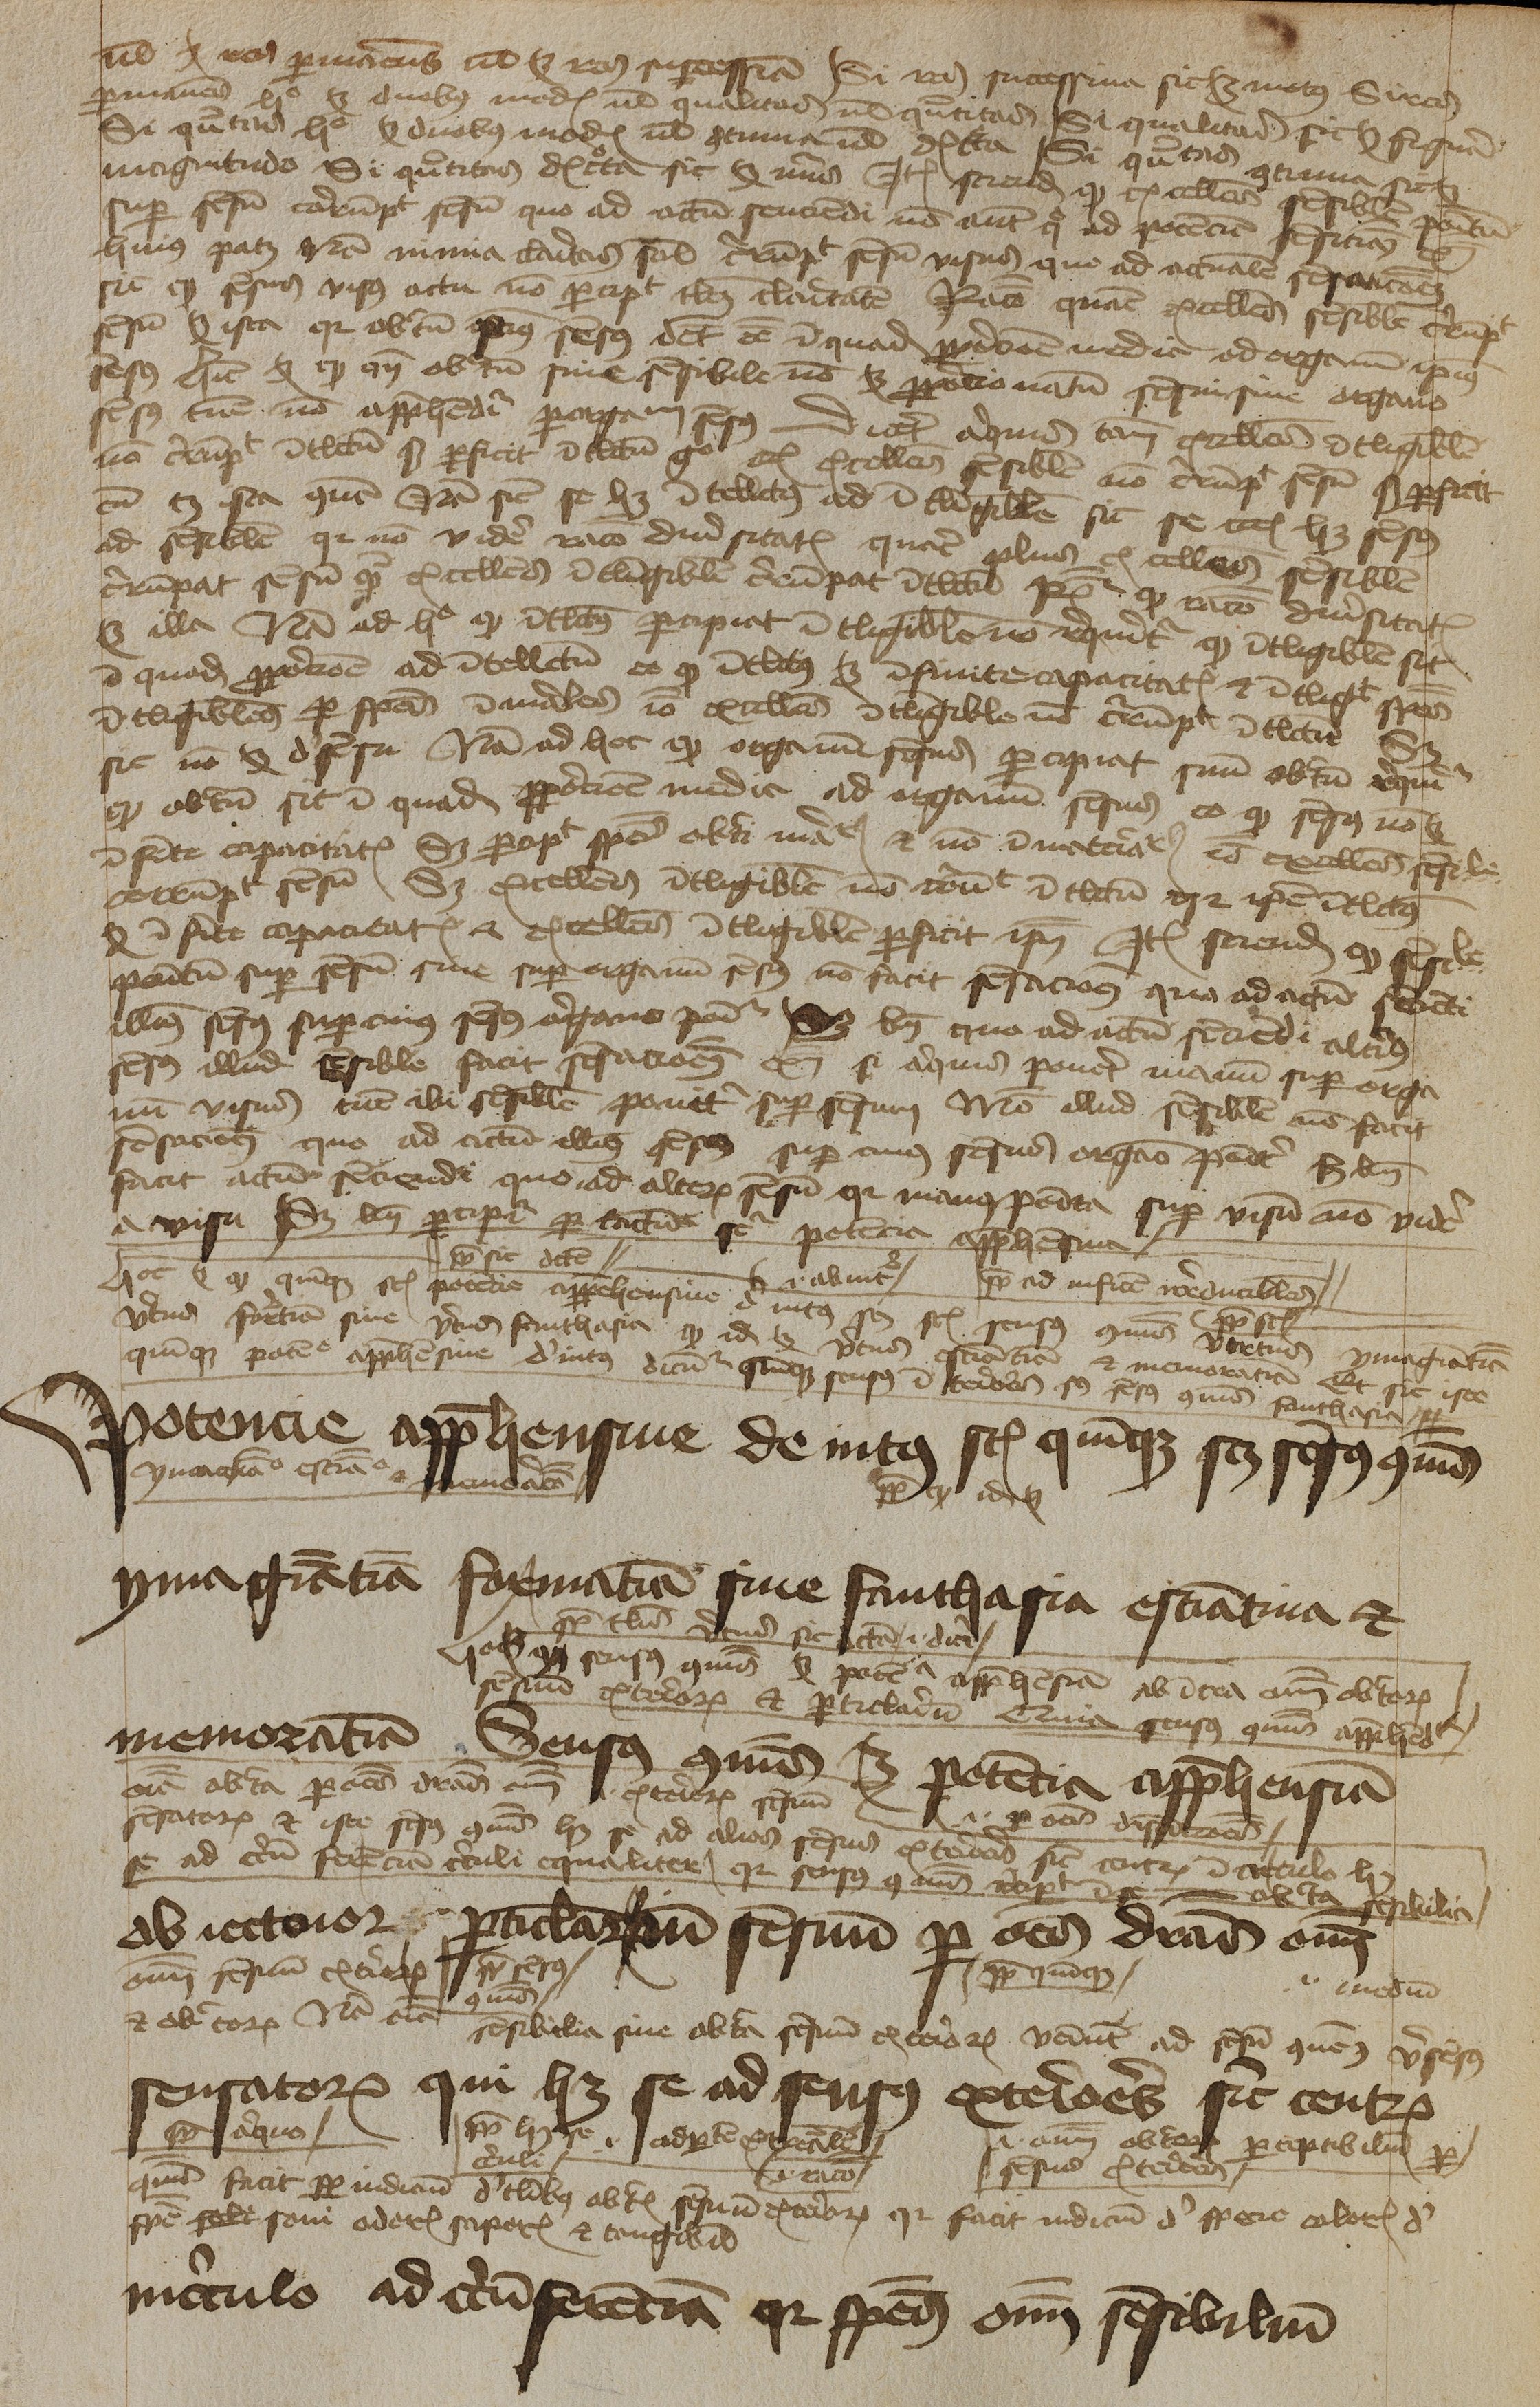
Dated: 1450–1474